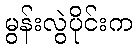
မွန်းလွဲပိုင်းက